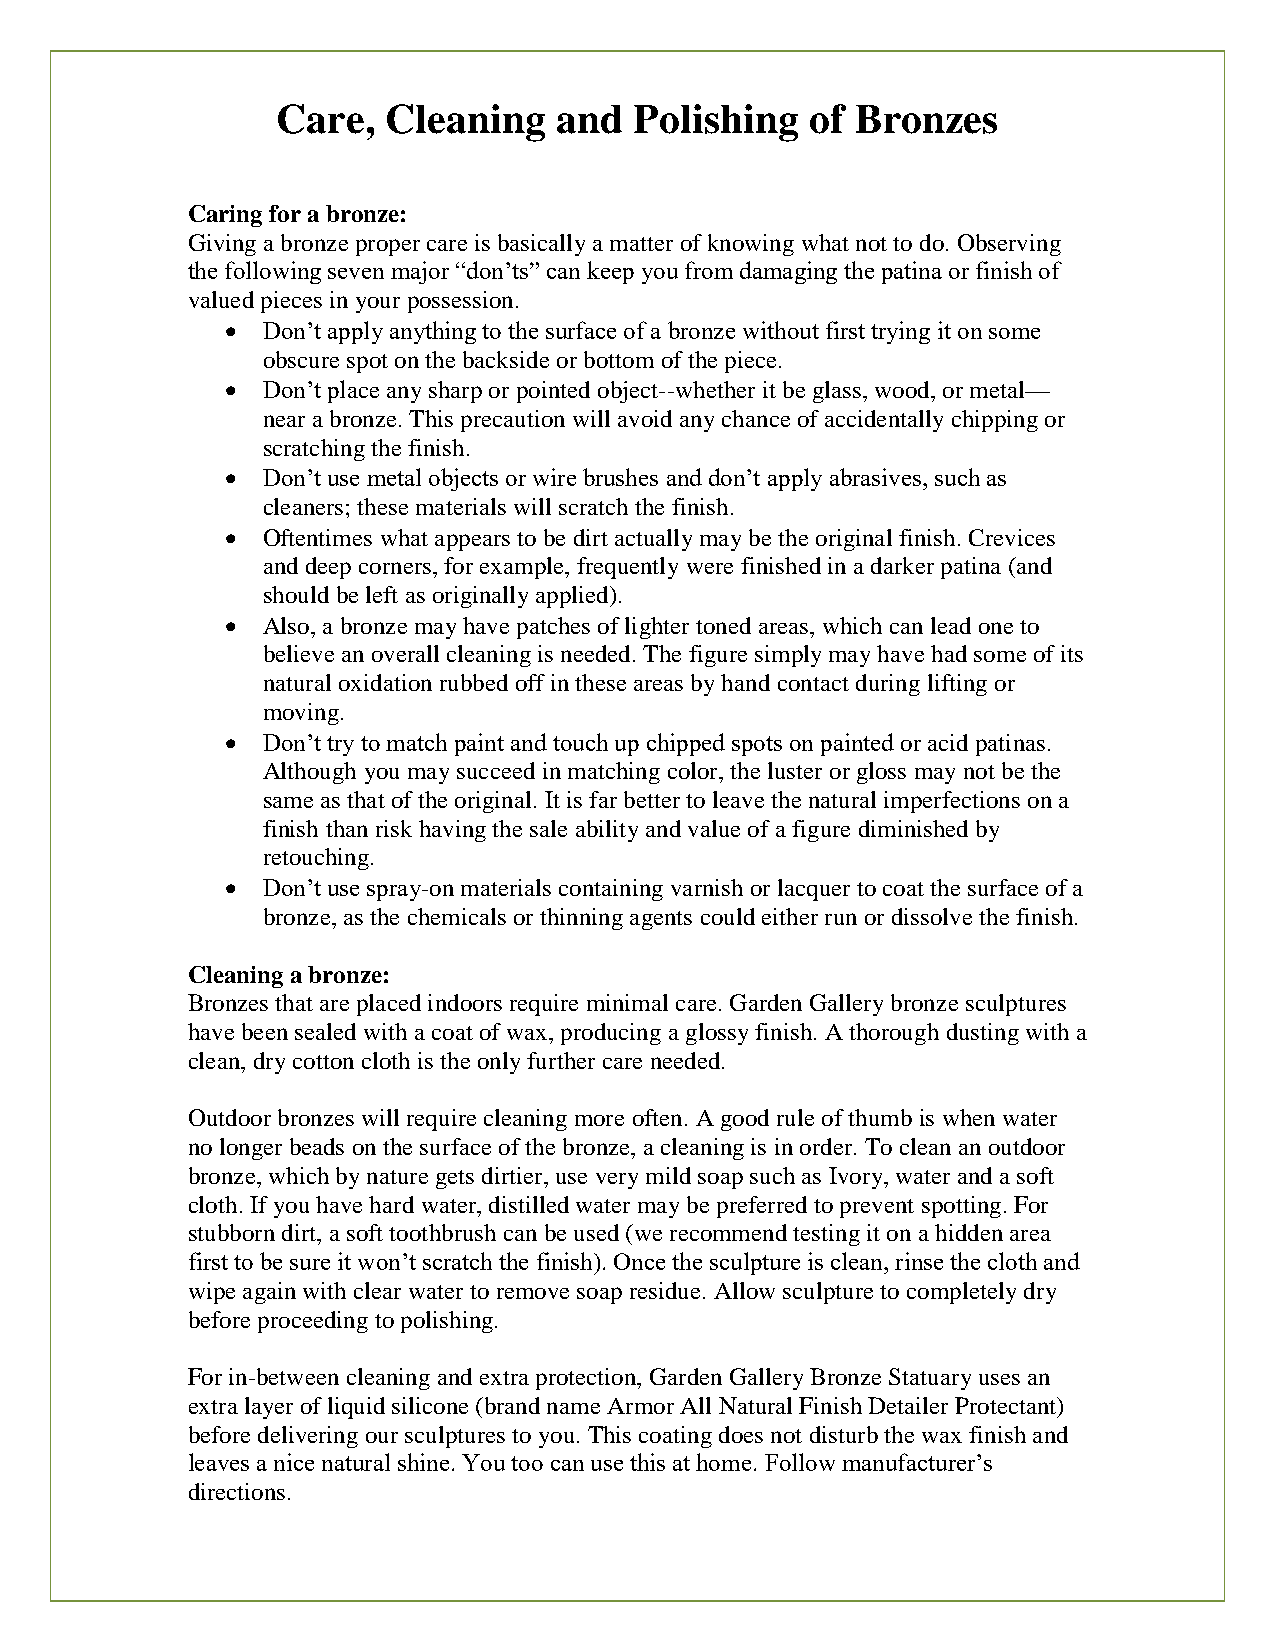
Care,   Cleaning   and  Polishing   of Bronzes
 Caring for a bronze:
 Giving a bronze proper care is basically a matter of knowing what not to do. Observing
 the following seven major “don’ts” can keep you from damaging the patina or finish of
 valued pieces in your possession.
  Don’t apply anything to the surface of a bronze without first trying it on some
 obscure spot on the backside or bottom of the piece.
  Don’t place any sharp or pointed object--whether it be glass, wood, or metal—
 near a bronze. This precaution will avoid any chance of accidentally chipping or
 scratching the finish.
  Don’t use metal objects or wire brushes and don’t apply abrasives, such as
 cleaners; these materials will scratch the finish.
  Oftentimes what appears to be dirt actually may be the original finish. Crevices
 and deep corners, for example, frequently were finished in a darker patina (and
 should be left as originally applied).
  Also, a bronze may have patches of lighter toned areas, which can lead one to
 believe an overall cleaning is needed. The figure simply may have had some of its
 natural oxidation rubbed off in these areas by hand contact during lifting or
 moving.
  Don’t try to match paint and touch up chipped spots on painted or acid patinas.
 Although you may succeed in matching color, the luster or gloss may not be the
 same as that of the original. It is far better to leave the natural imperfections on a
 finish than risk having the sale ability and value of a figure diminished by
 retouching.
  Don’t use spray-on materials containing varnish or lacquer to coat the surface of a
 bronze, as the chemicals or thinning agents could either run or dissolve the finish.
 Cleaning a bronze:
 Bronzes that are placed indoors require minimal care. Garden Gallery bronze sculptures
 have been sealed with a coat of wax, producing a glossy finish. A thorough dusting with a
 clean, dry cotton cloth is the only further care needed.
 Outdoor bronzes will require cleaning more often. A good rule of thumb is when water
 no longer beads on the surface of the bronze, a cleaning is in order. To clean an outdoor
 bronze, which by nature gets dirtier, use very mild soap such as Ivory, water and a soft
 cloth. If you have hard water, distilled water may be preferred to prevent spotting. For
 stubborn dirt, a soft toothbrush can be used (we recommend testing it on a hidden area
 first to be sure it won’t scratch the finish). Once the sculpture is clean, rinse the cloth and
 wipe again with clear water to remove soap residue. Allow sculpture to completely dry
 before proceeding to polishing.
 For in-between cleaning and extra protection, Garden Gallery Bronze Statuary uses an
 extra layer of liquid silicone (brand name Armor All Natural Finish Detailer Protectant)
 before delivering our sculptures to you. This coating does not disturb the wax finish and
 leaves a nice natural shine. You too can use this at home. Follow manufacturer’s
 directions.